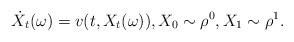
LaTeX: \begin{align*} \dot X_t(\omega)=v(t, X_t(\omega)),X_0\sim\rho^0,X_1\sim\rho^1. \end{align*}